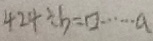
4 2 4 \div b = \square \cdots a